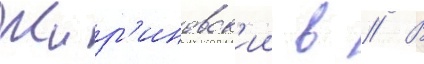
Жир'иновск'ии в // В